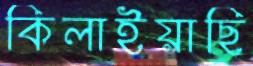
কিলাইয়াছি